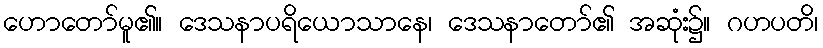
ဟောတော်မူ၏။ ဒေသနာပရိယောသာနေ၊ ဒေသနာတော်၏ အဆုံး၌။ ဂဟပတိ၊